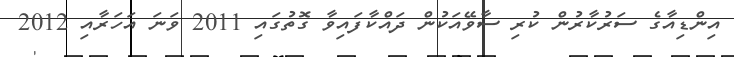
އިންޑިއާގެ ސަރުކާރުން ކުރި ސާވޭއަކުން ދައްކާފައިވާ ގޮތުގައި 2011 ވަަނަ އަހަރާއި 2012